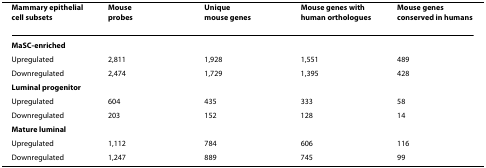
| Mammary epithelial cell subsets | Mouseprobes | Uniquemouse genes | Mouse genes with human orthologues | Mouse genes conserved in humans |
 | --- | --- | --- | --- | --- |
 | MaSC-enriched |  |  |  |  |
 | Upregulated | 2,811 | 1,928 | 1,551 | 489 |
 | Downregulated | 2,474 | 1,729 | 1,395 | 428 |
 | Luminal progenitor |  |  |  |  |
 | Upregulated | 604 | 435 | 333 | 58 |
 | Downregulated | 203 | 152 | 128 | 14 |
 | Mature luminal |  |  |  |  |
 | Upregulated | 1,112 | 784 | 606 | 116 |
 | Downregulated | 1,247 | 889 | 745 | 99 |